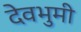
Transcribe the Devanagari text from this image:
देवभुमी